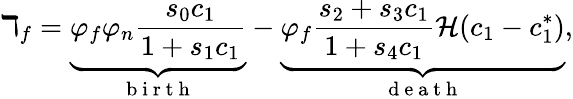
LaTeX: \daleth_{f}=\underbrace{\varphi_{f}\varphi_{n}\frac{s_{0}c_{1}}{1+s_{1}c_{1}}}_{\mathrm{~b~i~r~t~h~}}-\underbrace{\varphi_{f}\frac{s_{2}+s_{3}c_{1}}{1+s_{4}c_{1}}\mathcal{H}(c_{1}-c_{1}^{*})}_{\mathrm{~d~e~a~t~h~}},